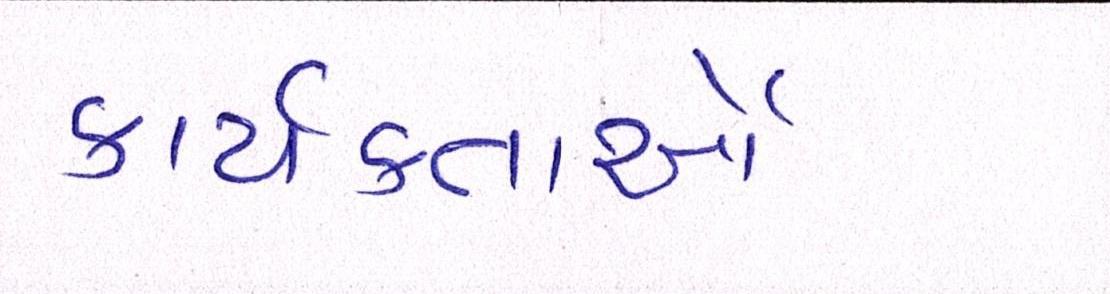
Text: કાર્યકતાર્આે